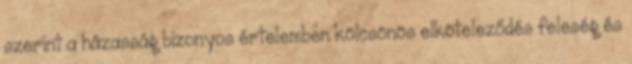
szerint a házasság bizonyos értelemben kölcsönös elköteleződés feleség és